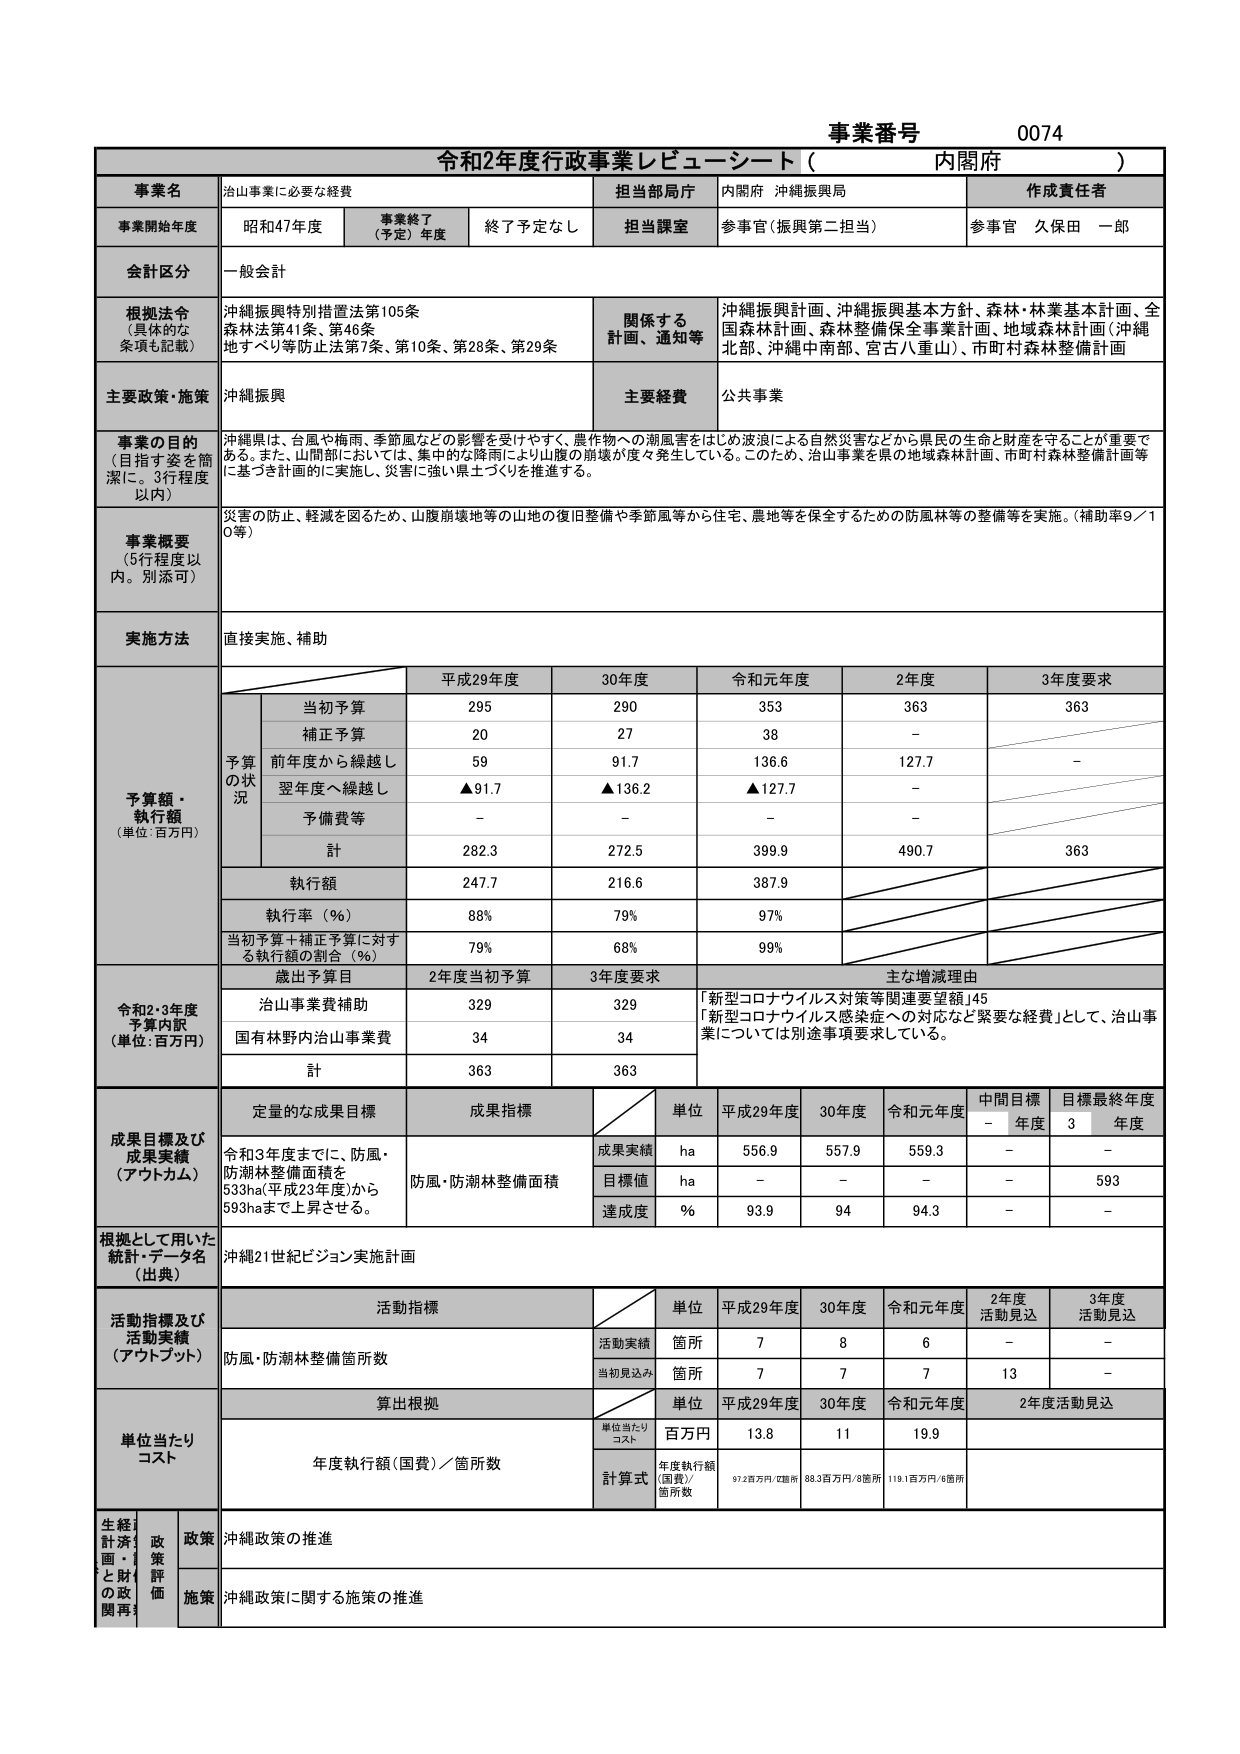
事業番号 0074
令和2年度行政事業レビューシート（内閣府）

事業名 治山事業に必要な経費
担当部局庁 内閣府 沖縄振興局
作成責任者 参事官 久保田 一郎

事業開始年度 昭和47年度
事業終了（予定）年度 終了予定なし
担当課室 参事官（振興第二担当）

会計区分 一般会計

根拠法令（具体的な条項も記載）
沖縄振興特別措置法第105条
森林法第41条、第46条
地すべり等防止法第7条、第10条、第28条、第29条

関係する計画、通知等
沖縄振興計画、沖縄振興基本方針、森林・林業基本計画、全国森林計画、森林整備保全事業計画、地域森林計画（沖縄北部、沖縄中南部、宮古八重山）、市町村森林整備計画

主要政策・施策 沖縄振興
主要経費 公共事業

事業の目的（目指す姿を簡潔に。3行程度以内）
沖縄県は、台風や梅雨、季節風などの影響を受けやすく、農作物への湖風害をはじめ波浪による自然災害などから県民の生命と財産を守ることが重要である。また、山間部においては、集中的な降雨により山腹の崩壊が度々発生している。このため、治山事業を県の地域森林計画、市町村森林整備計画等に基づき計画的に実施し、災害に強い県土づくりを推進する。

事業概要（5行程度以内。別添可）
災害の防止、軽減を図るため、山腹崩壊地等の山地の復旧整備や季節風等から住宅、農地等を保全するための防風林等の整備等を実施。（補助率9/10等）

実施方法 直接実施、補助

予算額・執行額（単位：百万円）
平成29年度 30年度 令和元年度 2年度 3年度要求
当初予算 295 290 353 363 363
補正予算 20 27 38 -
前年度から繰越し 59 91.7 136.6 127.7 -
翌年度へ繰越し ▲91.7 ▲136.2 ▲127.7 -
予備費等 - - - -
計 282.3 272.5 399.9 490.7 363
執行額 247.7 216.6 387.9
執行率（％） 88% 79% 97%
当初予算＋補正予算に対する執行額の割合（％） 79% 68% 99%

令和2・3年度予算内訳（単位：百万円）
歳出予算目 2年度当初予算 3年度要求 主な増減理由
治山事業費補助 329 329 「新型コロナウイルス対策等関連要望額」45
国有林野内治山事業費 34 34 「新型コロナウイルス感染症への対応など緊要な経費」として、治山事業については別途事項要求している。
計 363 363

成果目標及び成果実績（アウトカム）
定量的な成果目標 成果指標 単位 平成29年度 30年度 令和元年度 中間目標 - 年度 目標最終年度 3 年度
令和3年度までに、防風・防潮林整備面積を533ha（平成23年度）から593haまで上昇させる。
防風・防潮林整備面積 成果実績 ha 556.9 557.9 559.3 - -
目標値 ha - - - - 593
達成度 % 93.9 94 94.3 - -

根拠として用いた統計・データ名（出典） 沖縄21世紀ビジョン実施計画

活動指標及び活動実績（アウトプット）
活動指標 単位 平成29年度 30年度 令和元年度 2年度活動見込 3年度活動見込
防風・防潮林整備箇所数 活動実績 箇所 7 8 6 - -
当初見込み 箇所 7 7 7 13 -

単位当たりコスト
算出根拠 単位 平成29年度 30年度 令和元年度 2年度活動見込
単位当たりコスト 百万円 13.8 11 19.9
計算式 年度執行額（国費）／箇所数 67.2百万円／7箇所 88.3百万円／8箇所 119.1百万円／6箇所

生産性計画・政策と財政の関連性 政策 沖縄政策の推進
施策 沖縄政策に関する施策の推進